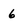
Character: 6